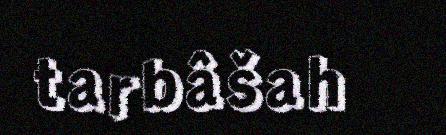
tarbâšah